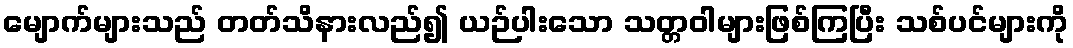
မျောက်များသည် တတ်သိနားလည်၍ ယဉ်ပါးသော သတ္တဝါများဖြစ်ကြပြီး သစ်ပင်များကို